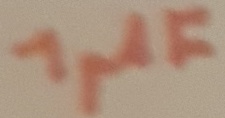
Text: 1µF